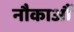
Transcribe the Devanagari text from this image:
नौकाआैं